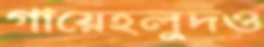
গায়েহলুদও